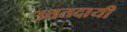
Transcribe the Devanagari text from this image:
उत्ततदायी